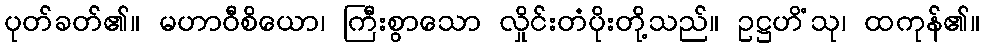
ပုတ်ခတ်၏။ မဟာဝီစိယော၊ ကြီးစွာသော လှိုင်းတံပိုးတို့သည်။ ဥဋ္ဌဟိံသု၊ ထကုန်၏။